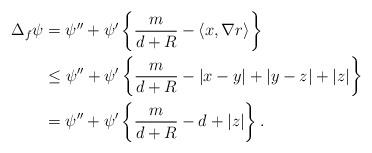
LaTeX: \begin{align*} \Delta_{f}\psi &= \psi'' + \psi' \left\{ \frac{m}{d+R} - \langle x, \nabla r \rangle \right\}\\ &\leq \psi'' + \psi' \left\{ \frac{m}{d+R} - |x-y| + |y - z| + |z| \right\}\\ &= \psi'' +\psi' \left\{ \frac{m}{d+R}- d + |z| \right\}.\end{align*}